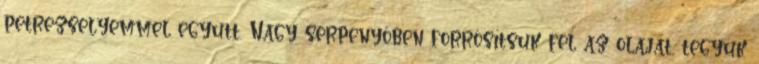
petrezselyemmel együtt. Nagy serpenyőben forrósítsuk fel az olajat, tegyük